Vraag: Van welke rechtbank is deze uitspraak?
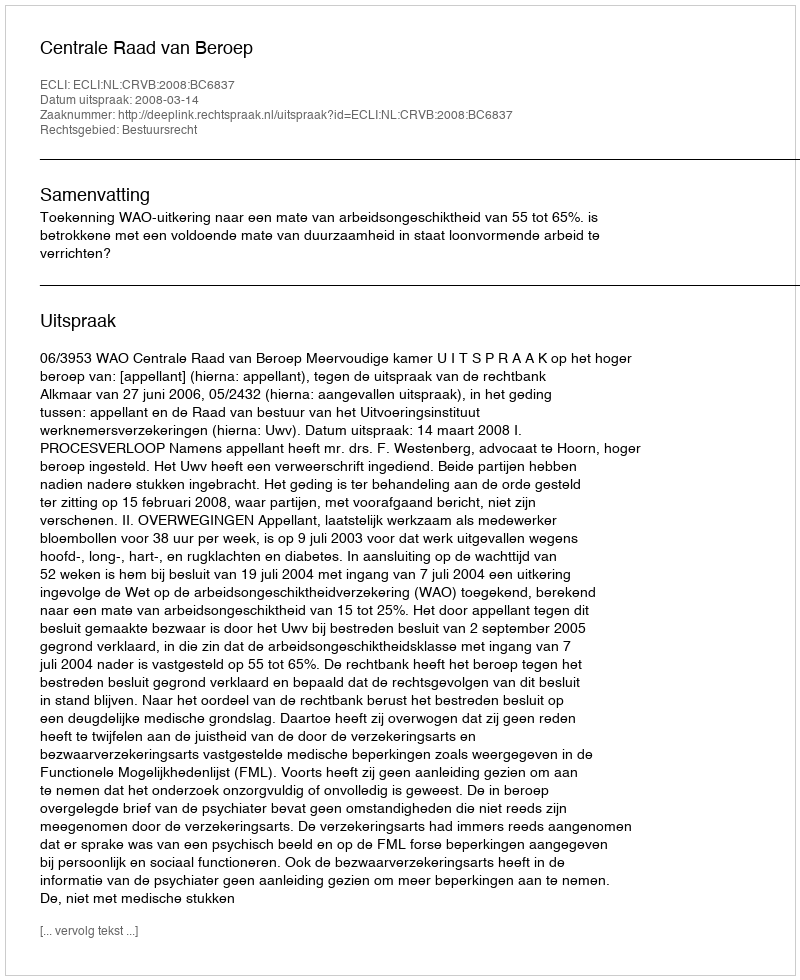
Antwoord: Centrale Raad van Beroep